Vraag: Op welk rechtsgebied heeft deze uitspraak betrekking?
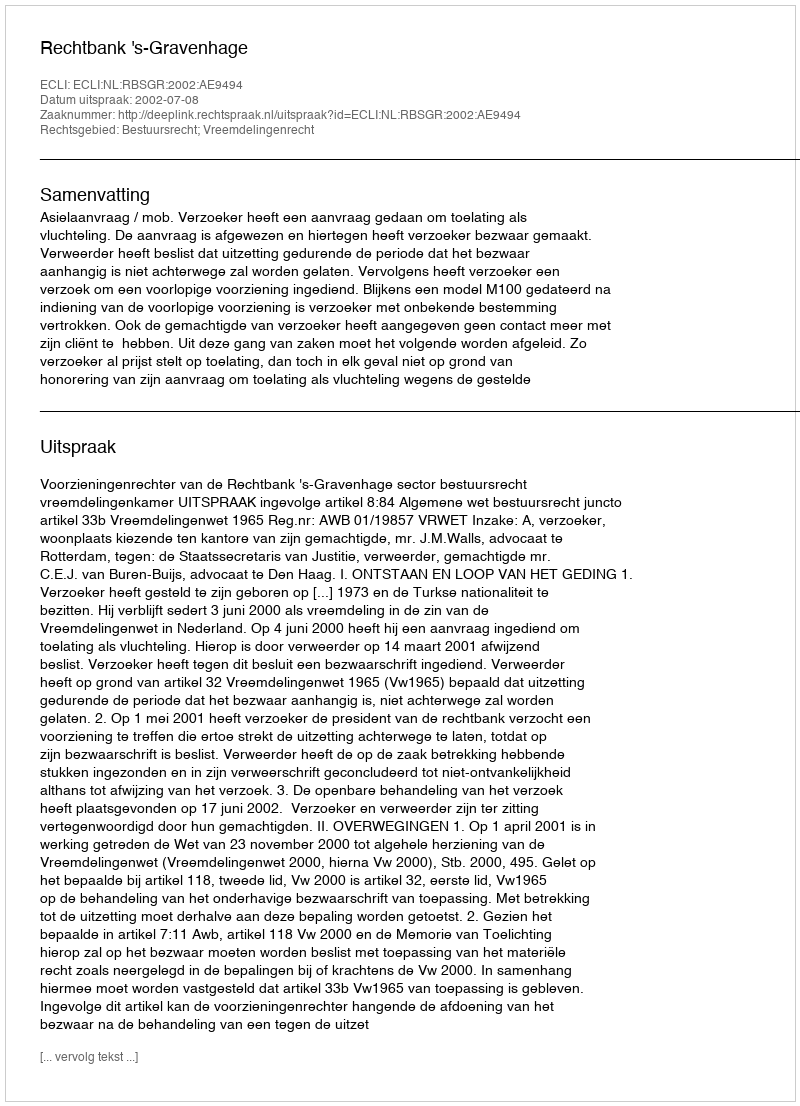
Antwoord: Bestuursrecht; Vreemdelingenrecht